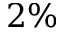
2 \%